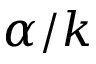
\alpha / k